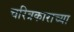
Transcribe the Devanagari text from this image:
चरित्रकाराच्या